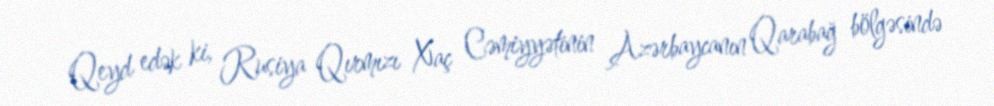
Qeyd edək ki, Rusiya Qırmızı Xaç Cəmiyyətinin Azərbaycanın Qarabağ bölgəsində